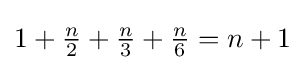
1+{\tfrac {n}{2}}+{\tfrac {n}{3}}+{\tfrac {n}{6}}=n+1